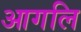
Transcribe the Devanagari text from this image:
आगलि